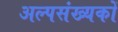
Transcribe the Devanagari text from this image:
अल्पसंख्‍यकों